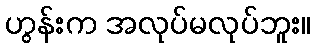
ဟွန်းက အလုပ်မလုပ်ဘူး။